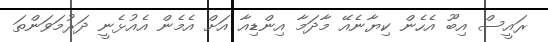
ރައީސް އިބޫ އެހެން ކިޔާނެއޭ މާދަމާ އިންޑިއާ އަށް އެމެން އެއުޅެނީ ދަރުމަވަންތަ